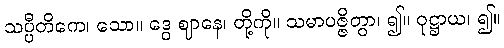
သပ္ပီတိကေ၊ သော။ ဒွေ ဈာနေ၊ တို့ကို။ သမာပဇ္ဇိတွာ၊ ၍။ ဝုဋ္ဌာယ၊ ၍။